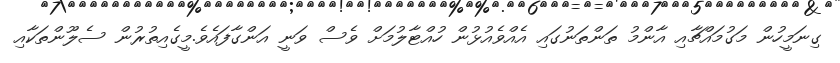
ގިނަމީހުން މަގުމައްޗާއި އާންމު ތަންތަނުގައި އެއްވެއުޅުން ހުއްޓާލުމަށް ވެސް ވަނީ އަންގާފައެވެ.މީގެއިތުރުން ސެލޫންތަކާއި